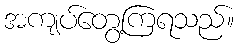
အကျပ်တွေ့ကြရသည်။